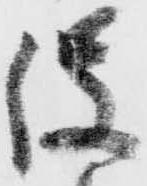
役